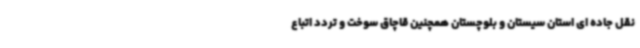
نقل جاده ای استان سیستان و بلوچستان همچنین قاچاق سوخت و تردد اتباع